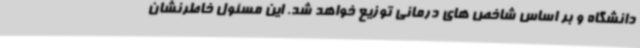
دانشگاه و بر اساس شاخص های درمانی توزیع خواهد شد. این مسئول خاطرنشان